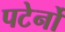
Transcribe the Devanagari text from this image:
पटेर्नो